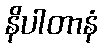
နိပါတာနံ